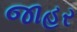
જાહર